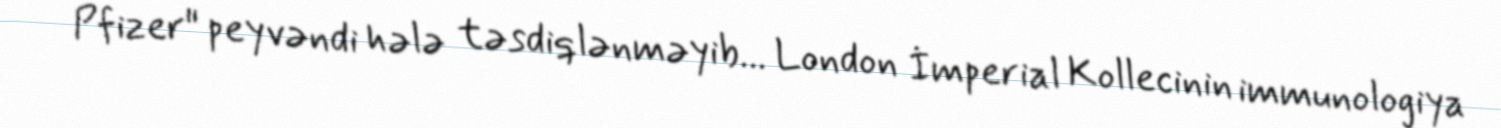
Pfizer" peyvəndi hələ təsdiqlənməyib... London İmperial Kollecinin immunologiya